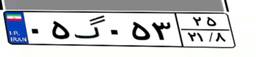
۵۱گ۸۳۳۷۶